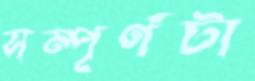
সম্পূর্ণটা